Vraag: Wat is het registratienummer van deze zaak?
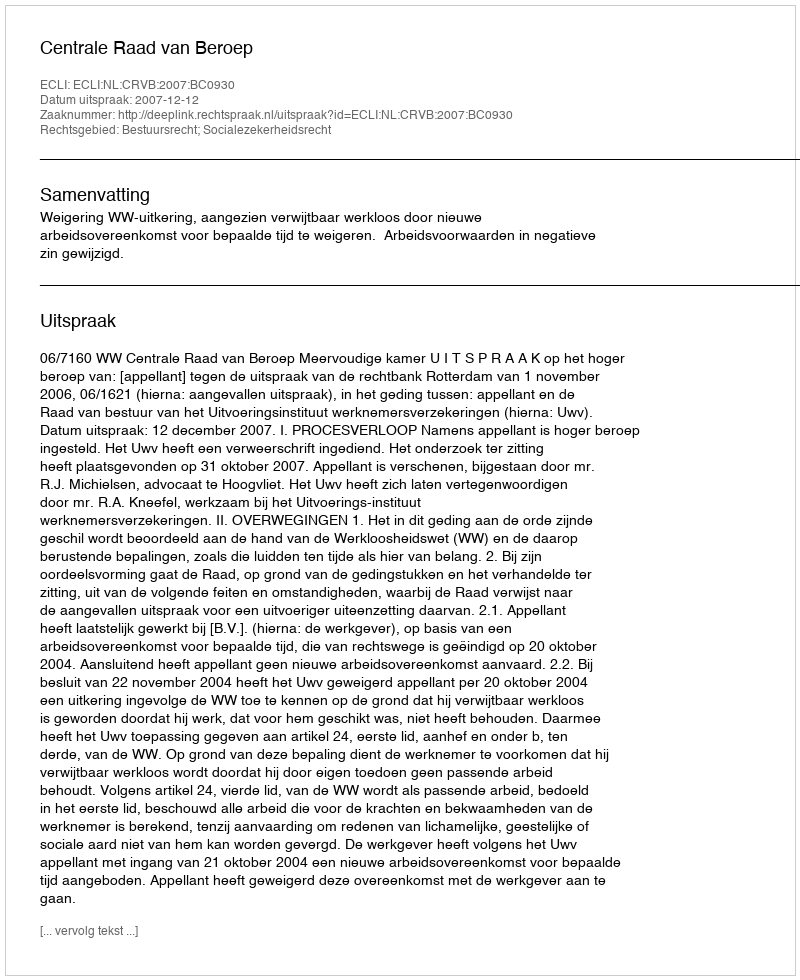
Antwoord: http://deeplink.rechtspraak.nl/uitspraak?id=ECLI:NL:CRVB:2007:BC0930